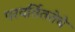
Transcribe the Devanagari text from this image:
परवर्तिततेचे